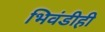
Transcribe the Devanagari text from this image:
भिवंडीही